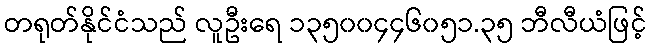
တရုတ်နိုင်ငံသည် လူဦးရေ ၁၃၅၀၀၄၄၆၀၅၁.၃၅ ဘီလီယံဖြင့်